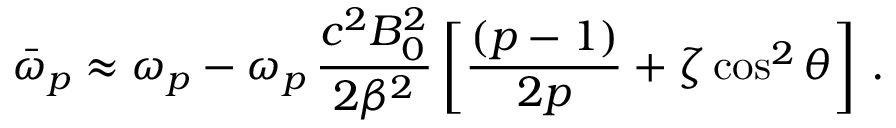
\bar { \omega } _ { p } \approx \omega _ { p } - \omega _ { p } \, \frac { c ^ { 2 } B _ { 0 } ^ { 2 } } { 2 \beta ^ { 2 } } \left[ \frac { ( p - 1 ) } { 2 p } + \zeta \cos ^ { 2 } \theta \right] \, .